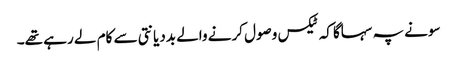
‏ سونے پہ سہاگا کہ ٹیکس وصول کرنے والے بددیانتی سے کام لے رہے تھے۔